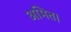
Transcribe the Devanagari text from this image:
अमित।